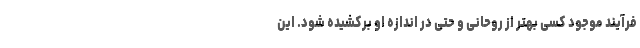
فرآیند موجود کسی بهتر از روحانی و حتی در اندازه او برکشیده شود. این